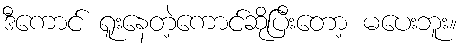
ဒီကောင် ရူးနေတဲ့ကောင်ဆိုပြီးတော့ မပေးဘူး။